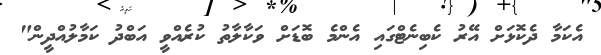
އެކަމާ ދެކޮޅަށް އޭރު ކެބިނެޓްގައި އެންމެ ބޮޑަށް ވަކާލާތު ކުރެއްވީ އަބްދު ކަމާލުއްދީން"